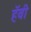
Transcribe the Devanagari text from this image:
हॅवी